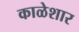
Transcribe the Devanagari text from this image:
काळेशार